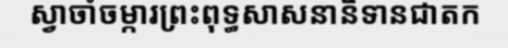
ស្វាចាំចម្ការព្រះពុទ្ធសាសនានិទានជាតក